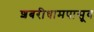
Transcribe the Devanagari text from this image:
शबरीधामपासूव